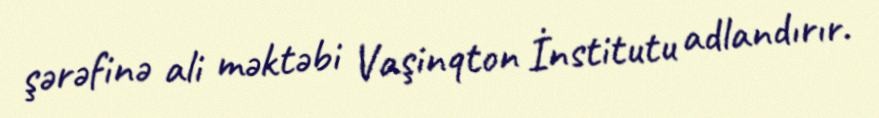
şərəfinə ali məktəbi Vaşinqton İnstitutu adlandırır.